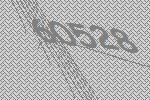
60528